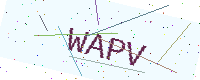
Text: WAPV